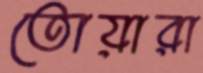
তোয়ারা